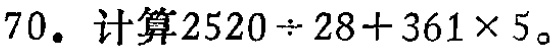
$70. 计算2520\div 28 + 361\times 5。$